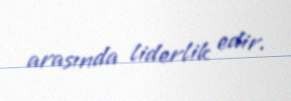
arasında liderlik edir.